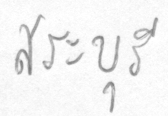
สระบุรี